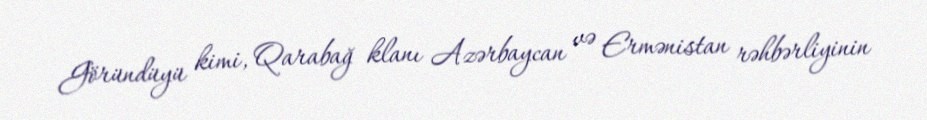
Göründüyü kimi, Qarabağ klanı Azərbaycan və Ermənistan rəhbərliyinin